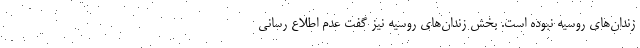
زندان‌های روسیه نبوده است. بخش زندان‌های روسیه نیز گفت عدم اطلاع رسانی